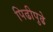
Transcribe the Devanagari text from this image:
पिढीपुढे